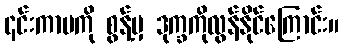
၎င်းကာမကို စွန့်မှ ဒုက္ခကိုလွန်နိုင်ကြောင်း။